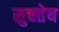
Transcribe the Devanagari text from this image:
सुचतेय